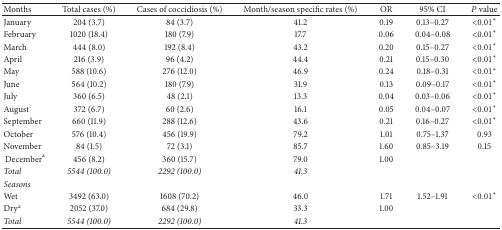
<table><thead><tr><td><b>Months</b></td><td><b>Total cases (%)</b></td><td><b>Cases of coccidiosis (%)</b></td><td><b>Month/season specific rates (%)</b></td><td><b>OR</b></td><td><b>95% CI</b></td><td><b><i>P</i> value</b></td></tr></thead><tbody><tr><td>January</td><td>204 (3.7)</td><td>84 (3.7)</td><td>41.2</td><td>0.19</td><td>0.13–0.27</td><td>&lt;0.01<sup><i>∗</i></sup></td></tr><tr><td>February</td><td>1020 (18.4)</td><td>180 (7.9)</td><td>17.7</td><td>0.06</td><td>0.04–0.08</td><td>&lt;0.01<sup><i>∗</i></sup></td></tr><tr><td>March</td><td>444 (8.0)</td><td>192 (8.4)</td><td>43.2</td><td>0.20</td><td>0.15–0.27</td><td>&lt;0.01<sup><i>∗</i></sup></td></tr><tr><td>April</td><td>216 (3.9)</td><td>96 (4.2)</td><td>44.4</td><td>0.21</td><td>0.15–0.30</td><td>&lt;0.01<sup><i>∗</i></sup></td></tr><tr><td>May</td><td>588 (10.6)</td><td>276 (12.0)</td><td>46.9</td><td>0.24</td><td>0.18–0.31</td><td>&lt;0.01<sup><i>∗</i></sup></td></tr><tr><td>June</td><td>564 (10.2)</td><td>180 (7.9)</td><td>31.9</td><td>0.13</td><td>0.09–0.17</td><td>&lt;0.01<sup><i>∗</i></sup></td></tr><tr><td>July</td><td>360 (6.5)</td><td>48 (2.1)</td><td>13.3</td><td>0.04</td><td>0.03–0.06</td><td>&lt;0.01<sup><i>∗</i></sup></td></tr><tr><td>August</td><td>372 (6.7)</td><td>60 (2.6)</td><td>16.1</td><td>0.05</td><td>0.04–0.07</td><td>&lt;0.01<sup><i>∗</i></sup></td></tr><tr><td>September</td><td>660 (11.9)</td><td>288 (12.6)</td><td>43.6</td><td>0.21</td><td>0.16–0.27</td><td>&lt;0.01<sup><i>∗</i></sup></td></tr><tr><td>October</td><td>576 (10.4)</td><td>456 (19.9)</td><td>79.2</td><td>1.01</td><td>0.75–1.37</td><td>0.93</td></tr><tr><td>November</td><td>84 (1.5)</td><td>72 (3.1)</td><td>85.7</td><td>1.60</td><td>0.85–3.19</td><td>0.15</td></tr><tr><td> December<sup>a</sup></td><td>456 (8.2)</td><td>360 (15.7)</td><td>79.0</td><td>1.00</td><td> </td><td> </td></tr><tr><td><i>Total</i></td><td><i>5544 (100.0)</i></td><td><i>2292 (100.0)</i></td><td><i>41.3</i></td><td> </td><td> </td><td> </td></tr><tr><td><i>Seasons</i></td><td> </td><td> </td><td> </td><td> </td><td> </td><td> </td></tr><tr><td>Wet</td><td>3492 (63.0)</td><td>1608 (70.2)</td><td>46.0</td><td>1.71</td><td>1.52–1.91</td><td>&lt;0.01<sup><i>∗</i></sup></td></tr><tr><td>Dry<sup>a</sup></td><td>2052 (37.0)</td><td>684 (29.8)</td><td>33.3</td><td>1.00</td><td> </td><td> </td></tr><tr><td><i>Total</i></td><td><i>5544 (100.0)</i></td><td><i>2292 (100.0)</i></td><td><i>41.3</i></td><td> </td><td> </td><td> </td></tr></tbody></table>